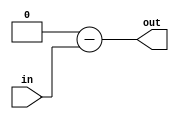
module C_Neg (in, out);

	parameter BITS = 1;
	input [BITS-1:0] in;
	output [BITS-1:0] out;

	assign out = {BITS{1'b0}} - in;

endmodule